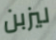
ليزبن